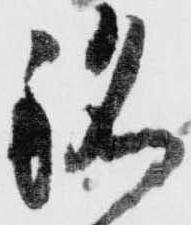
銘